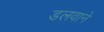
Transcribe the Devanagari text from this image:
डलवाने